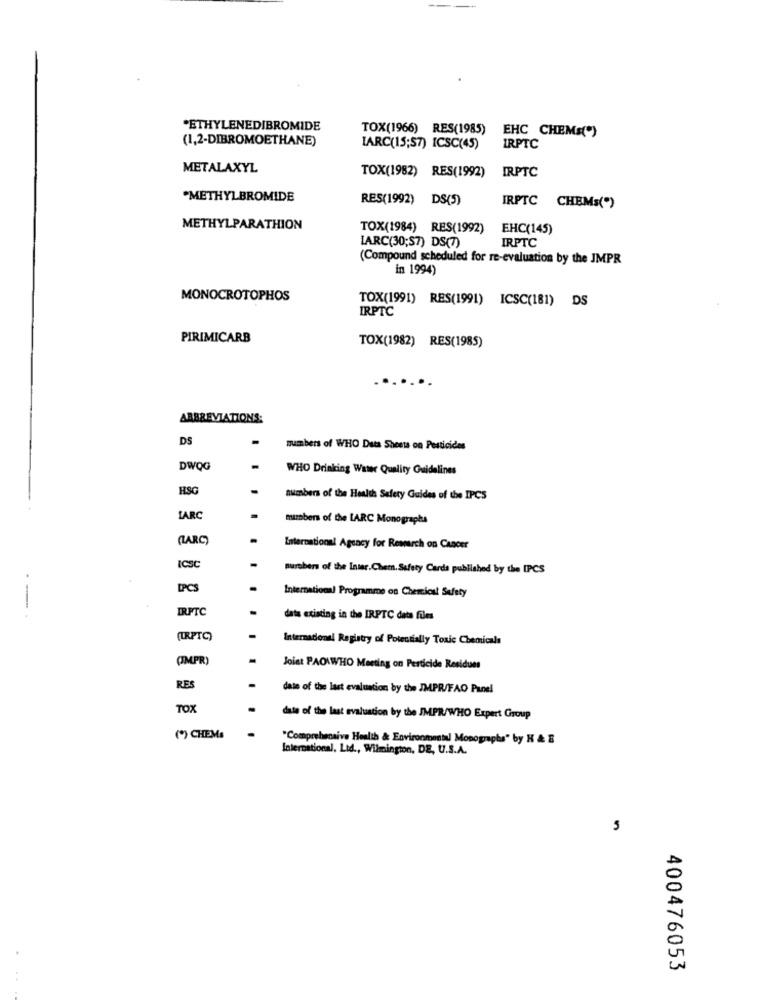
*ETHYLENEDIBROMIDE
TOX(1966) RES(1985)
EHC CHEMs(")
(1,2-DIBROMOETHANE)
IARC(15;57) ICSC(45)
IRPTC
METALAXYL
IRPTC
TOX(1982) RES(1992)
*METHYLBROMIDE
RES(1992) DS(5)
IRPTC CHEMs(")
METHYLPARATHION
TOX(1984) RES(1992)
EHC(145)
IRPTC
LARC(30;S7) DS(7)
(Compound scheduled for re-evaluation by the JMPR
in 1994)
MONOCROTOPHOS
TOX(1991) RES(1991) ICSC(181) DS
IRPTC
PIRIMICARB
TOX(1982) RES(1985)
......
ABBREVIATIONS:
DS
numbers of WHO Duts Sheets on Pesticides
DWOG
WHO Drinking Water Quality Guidelines
HSG
timbers of the Health Safety Guides of the IPCS
LARC
mambers of the LARC Monographs
CLARC)
International Agency for Research on Cancer
ICSC
Burtbers of the Inter. Chem. Safety Carda published by the IPCS
DPCS
International Programme on Chemical Safety
IRPTC
data existing in the IRPTC data files
(URPTC)
Internacional Registry of Potentially Toxic Chemicals
(IMPR)
Joint PAOWWHO Meeting on Perticide Residuos
RES
date of the last evaluation by the JMPR/FAO Panel
TOX
date of the last evaluation by the JMPR/WHO Expert Group
(*) CHEMs
"Comprehensive Health & Environmental Monographs" by H & B
International, Ltd ., Wilmington, DE, U.S.A.
5
400476053